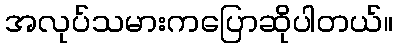
အလုပ်သမားကပြောဆိုပါတယ်။